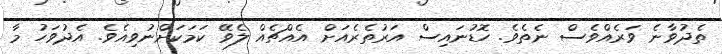
ތެދުވާނެ ވަރެއްވެސް ނެތެވެ. ހޮޑުނައިސް އަރުތެރެއަށް އެއްޗެއް ލެވޭ ކަމަކަށްނުވިއެވެ. އެދުވަހު މާ